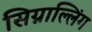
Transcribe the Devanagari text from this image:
सिग्नाल्लिंग